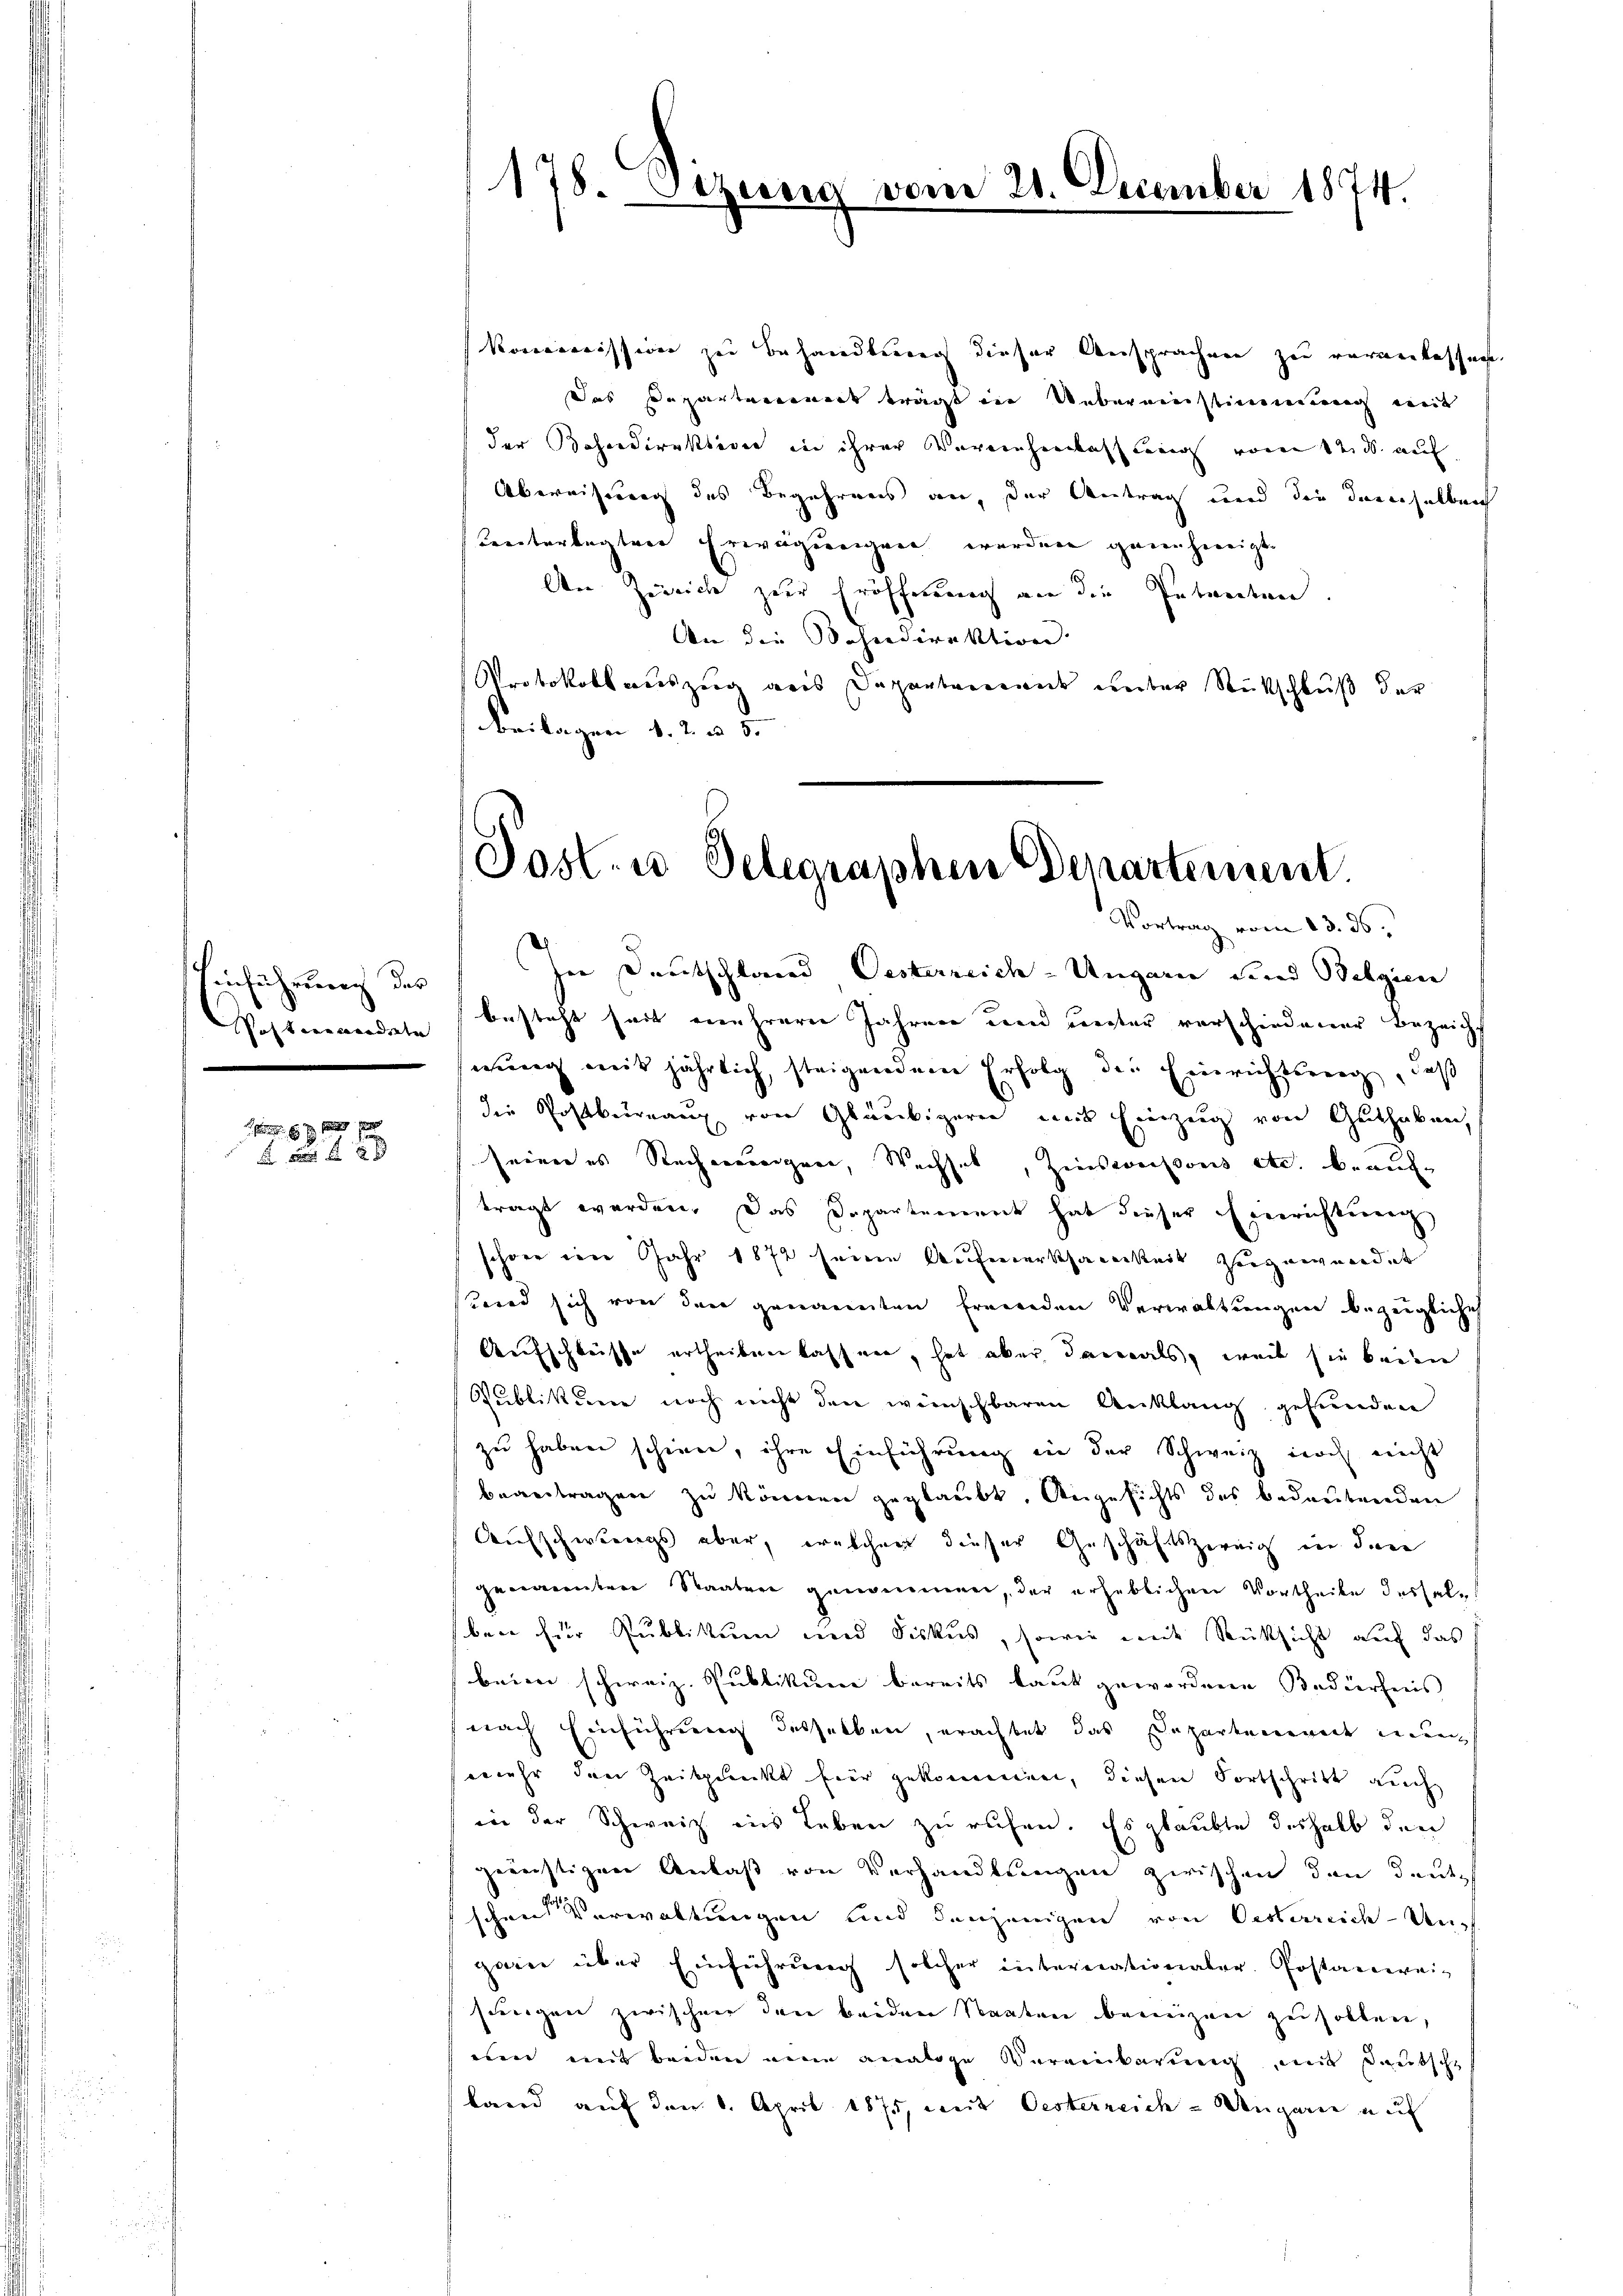
Einführung des
Postmandate

6 f 0 x
   2 x

178. Sizeris

werre

10. December 1874.

Kommission zu behandlung dieser Ansprachen zu veranlassen.
Das Departennert trägt in Uebereinstimmung mit
der Bahndirektiver in ihrer Vereinheinkassen vom 12. d. auf
Abereisung des Begehrens an, der Antrag und die Ineichelleich
Certorlegten Erwägungen werden genehmigt.
An Zürich zur Eröffnung an die Petenten.
An die Bahndirektion
Protokollauszug aus Departement unter Rückschluß der
Beilagen v. 2. u. 5.

Post. u. Telegraphen Departement.
Vortrag vom 23. ds.

In Deutschland Oesterreich-Ungarn und Belgien
besteht seit mehrere Jahren und unter vorschiedener Bezeichwung mit jährlich, steigendem Erfolg der Einrichtung, daß
die Postbürnaug von Gläubigeren mit Einzeig von Guthaben,
seiner es Rechnungen, Wechsel, Zinsweissens etc. beauftragt werden. Das Departement hat dieser Einrichtung
schöne im Jahr 1872 seine Aufenerschauerkeit Zeugenvordet
Gerad sich von den genannten freunden Verwaltungen bezeigliche
Aufschlüsse ertheilen lassen, hat aber damals, weil sie keien
Publikum noch nicht den wünschbaren Anklang gefunden
zu haben schiene, ihre Einführung in der Schweiz noch nicht
beantragen zu können geglaubt. Angesichts das bedeutenden
Aufschwangs aber, welchem dieser Geschäftszweig in den
genannten Staaten genommen, der erheblichen Vortheile dersel
ben für Publikum und Fiskus, sowie mit Rücksicht auf das
beim schweiz. Publikum bereits laut gewordene Bedürfnis
nach Einführung desselben, erachtet das Departen weit einen
mehr den Zeitpunkt hier gekommen, diesen Fortschritt auch
in der Schweiz ins Leben zu ruhen. Es glaubte deshalb den
gernistigen Anlaß von Verhandlungen zwischen den deute
schen Verwaltungen und denjenigen von Oesterrich - Deuch
garn über Einführung solcher internationaler. Postanweis
herigen zwischen den beiden Staaten beinigen zu sollen,
een mit beiden eine analoge Vereinbarŭng mit Deutsche
band auf den 6. April 1875, weit Oesterreich-Ungarn auf